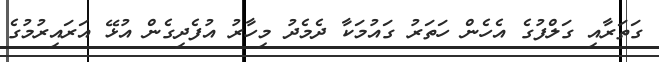
ގަތަރާއި ގަލްފުގެ އެހެން ހަތަރު ގައުމަކާ ދެމެދު މިހާރު އުފެދިގެން އުޅޭ އަރައިރުމުގެ